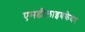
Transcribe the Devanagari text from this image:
एमडीलाइवकेयर